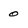
Character: 0